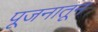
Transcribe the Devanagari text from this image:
पूजनातून